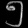
Digit: ၅